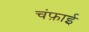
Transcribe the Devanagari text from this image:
चंफ़ाई